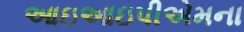
આઇઆઇપીએમના